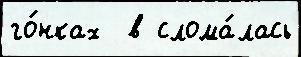
го́нках  в слома́лась